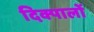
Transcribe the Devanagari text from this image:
दिक्पालों